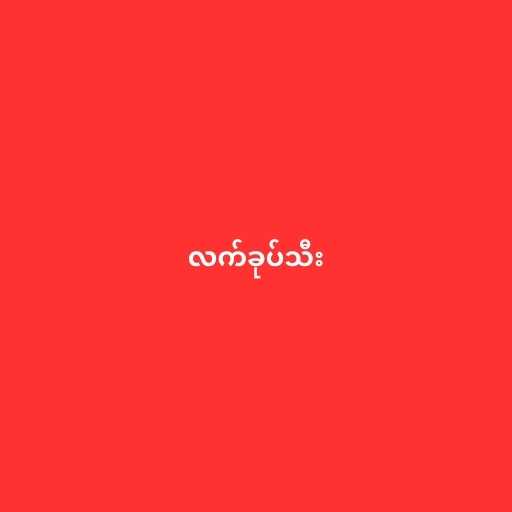
လက်ခုပ်သီး